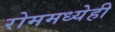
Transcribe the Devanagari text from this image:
रोममध्येही